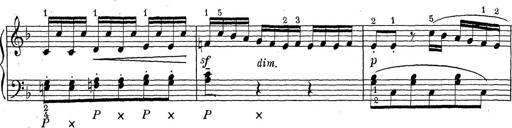
Title: ÄŒeskÃ© Sonatiny
Composer: Various